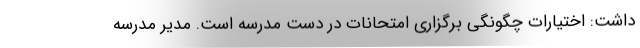
داشت: اختیارات چگونگی برگزاری امتحانات در دست مدرسه است. مدیر مدرسه